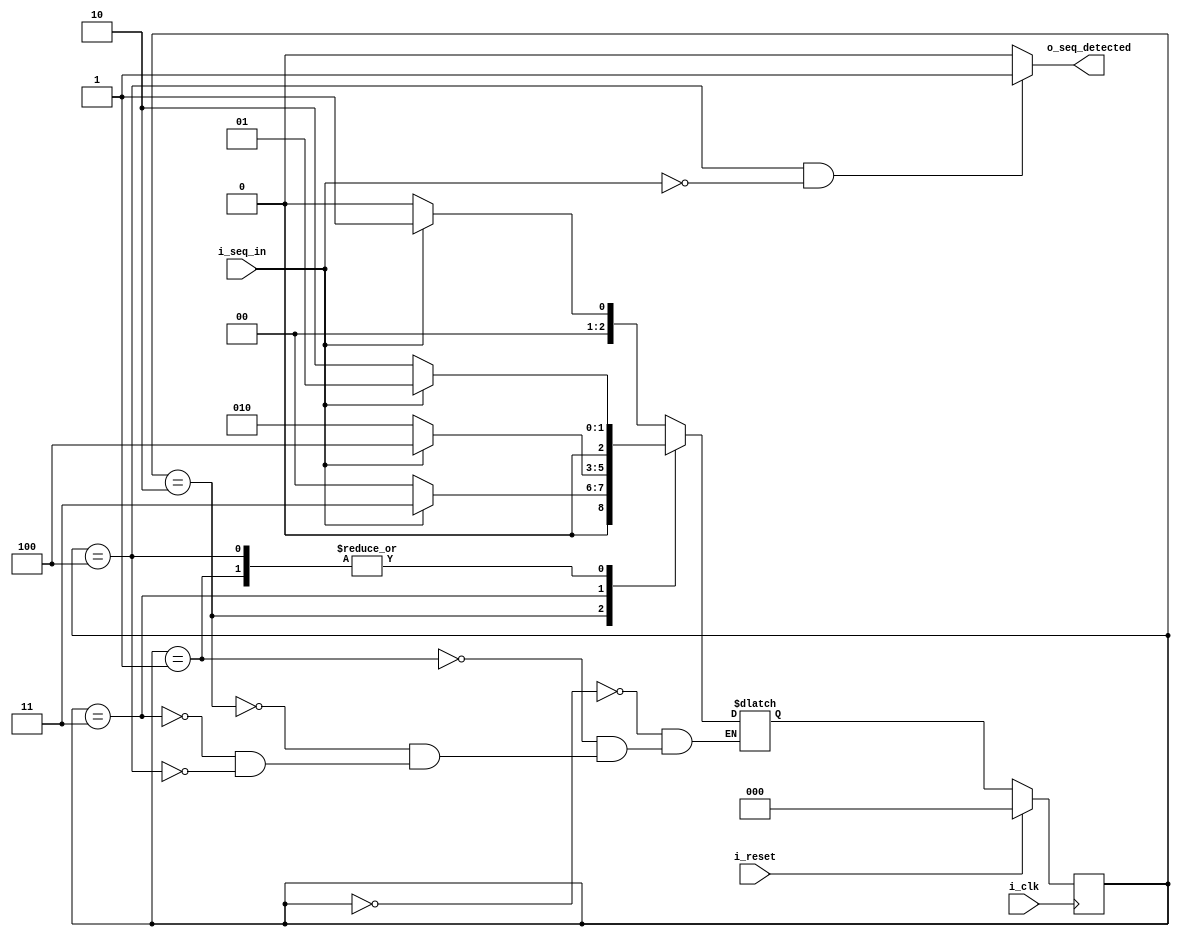
module fsm10110_overlapping(
input i_seq_in,i_clk,i_reset,
output reg o_seq_detected
);

    parameter IDLE=0,G1=1,G10=2,G101=3,G1011=4;
    reg[2:0] pst,nst;
    reg o_sequence_detected;
    
    
    always@(posedge i_clk)
    begin
        if(i_reset)
            pst<=IDLE;
        else
            pst<=nst;
    end
    
    always@(pst,i_seq_in)
    begin
        case(pst)
        IDLE:nst =i_seq_in?G1:IDLE;
        G1:nst=i_seq_in?G1:G10;
        G10:nst=i_seq_in?G101:IDLE;
        G101:nst=i_seq_in?G1011:G10;
        G1011:nst=i_seq_in?G1:G10;
        endcase
        end
        
        always@(pst,i_seq_in)
        begin
        if(pst==G1011 && i_seq_in==0)
          o_seq_detected<= 1;
        else
         o_seq_detected<= 0;
        end
        
        endmodule